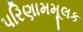
પરિણામમૂલક